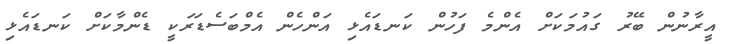
އީރާނުން ބޭރު ގައުމަކަށް އެންމެ ފަހުން ކަނޑައެޅި އަންހެން އެމްބަސެޑަރަކީ ޑެންމާކަށް ކަނޑައެޅި